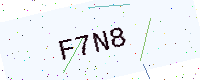
Text: F7N8